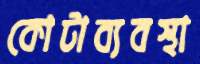
কোটাব্যবস্থা